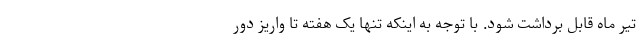
تیر ماه قابل برداشت شود. با توجه به اینکه تنها یک هفته تا واریز دور